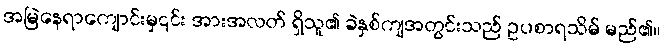
အမြဲနေရာကျောင်းမှ၎င်း အားအလတ် ရှိသူ၏ ခဲနှစ်ကျအတွင်းသည် ဥပစာရသိမ် မည်၏။